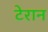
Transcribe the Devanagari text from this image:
टेरान